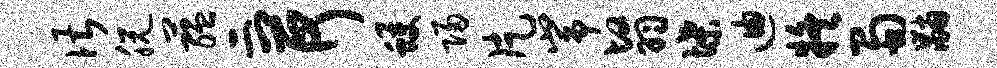
谌脱蕴二荷蠖归片峥翳堞迪疑蜀黼